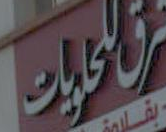
الحلويات